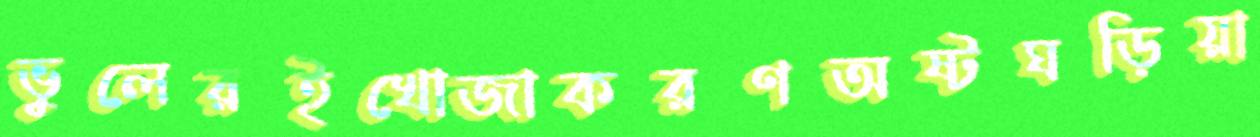
ভুলেরইখোজাকরণঅষ্টঘড়িয়া